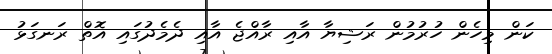
ކަން މިހެން ހުރުމުން ރަޝިޔާ އާއި ރާއްޖެ އާއި ދެމެދުގައި އޮތް ރަނގަޅު